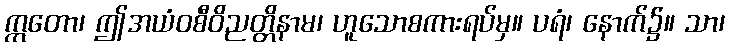
ဣတော၊ ဤအယံဝစီဝိညတ္တိနာမ၊ ဟူသောစကားရပ်မှ။ ပရံ၊ နောက်၌။ သာ၊